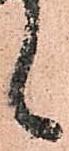
候